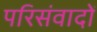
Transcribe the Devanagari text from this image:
परिसंवादों